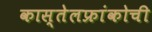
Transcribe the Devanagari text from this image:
कास्तेलफ्रांकोची